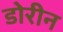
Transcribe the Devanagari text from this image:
डोरीन